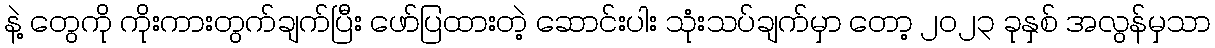
နဲ့ တွေကို ကိုးကားတွက်ချက်ပြီး ဖော်ပြထားတဲ့ ဆောင်းပါး သုံးသပ်ချက်မှာ တော့ ၂၀၂၃ ခုနှစ် အလွန်မှသာ